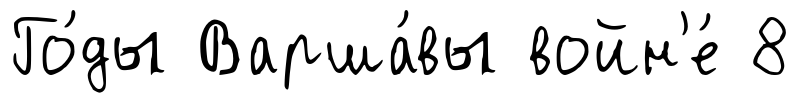
Го́ды Варша́вы войн'е́ 8